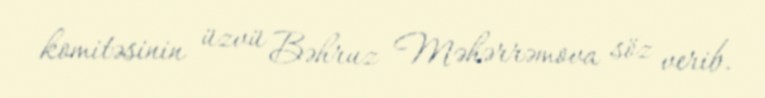
komitəsinin üzvü Bəhruz Məhərrəmova söz verib.